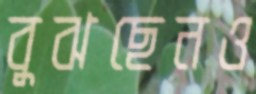
বুঝছেনও